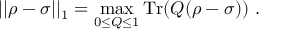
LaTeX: | | \rho - \sigma | | _ { 1 } = \operatorname* { m a x } _ { 0 \leq Q \leq 1 } \operatorname { T r } ( Q ( \rho - \sigma ) ) ~ .